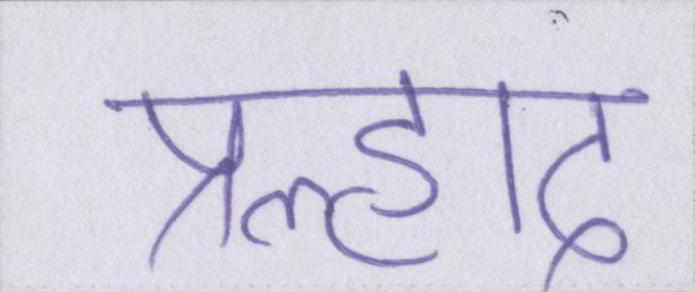
प्रह्लाद